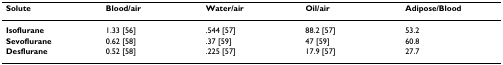
<table><thead><tr><td><b>Solute</b></td><td><b>Blood/air</b></td><td><b>Water/air</b></td><td><b>Oil/air</b></td><td><b>Adipose/Blood</b></td></tr></thead><tbody><tr><td><b>Isoflurane</b></td><td>1.33 [56]</td><td>.544 [57]</td><td>88.2 [57]</td><td>53.2</td></tr><tr><td><b>Sevoflurane</b></td><td>0.62 [58]</td><td>.37 [59]</td><td>47 [59]</td><td>60.8</td></tr><tr><td><b>Desflurane</b></td><td>0.52 [58]</td><td>.225 [57]</td><td>17.9 [57]</td><td>27.7</td></tr></tbody></table>